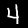
Digit: 4